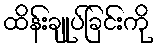
ထိန်းချုပ်ခြင်းကို